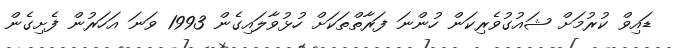
ޑައިވް ކުރުމަށް ޝައުގުވެރިކަން ހުންނަ ފަރާތްތަކަށް ހުޅުވާލައިގެން 1993 ވަނަ އަހަރުން ފެށިގެން